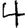
Digit: 4